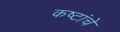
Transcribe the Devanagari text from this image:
कष्टांचे